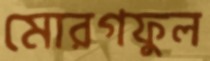
মোরগফুল